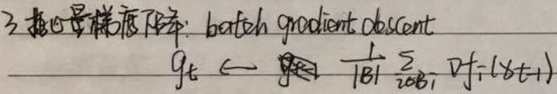
3. 批量梯度下降：batch gradient descent
\(g_k \leftarrow \frac{1}{|B|}\sum_{i \in B}\nabla f(x_{t + 1})\)